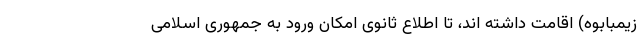
زیمبابوه) اقامت داشته اند، تا اطلاع ثانوی امکان ورود به جمهوری اسلامی